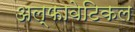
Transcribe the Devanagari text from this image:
अल्फावेटिकल